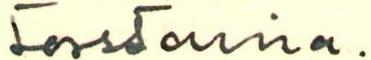
torstaina.